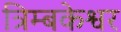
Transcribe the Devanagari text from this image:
त्रिम्बकेश्वर